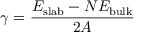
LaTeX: \gamma = { \frac { E _ { \mathrm { s l a b } } - N E _ { \mathrm { b u l k } } } { 2 A } }